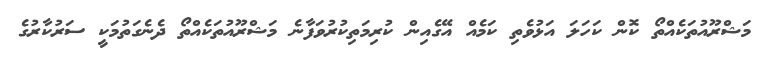
މަޝްރޫއުތަކެއްތޯ ކޮން ކަހަލަ އަޅުވެތި ކަމެއް އޭގެއިން ކުރިމަތިކުރުވަފާނެ މަޝްރޫއުތަކެއްތޯ ދެނެގަތުމަކީ ސަރުކާރުގެ